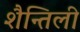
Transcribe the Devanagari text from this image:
शैन्तिली